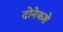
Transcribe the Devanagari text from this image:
दोनेकशे